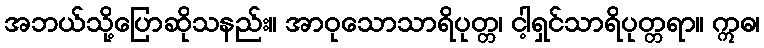
အဘယ်သို့ပြောဆိုသနည်း။ အာဝုသောသာရိပုတ္တ၊ ငါ့ရှင်သာရိပုတ္တရာ။ ဣဓ၊